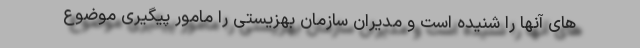
هاى آنها را شنيده است و مديران سازمان بهزيستى را مامور پيگيرى موضوع